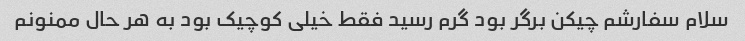
سلام سفارشم چیکن برگر بود گرم رسید فقط خیلی کوچیک بود به هر حال ممنونم